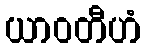
ယာဝတီဟံ